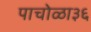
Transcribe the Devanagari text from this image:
पाचोळा३६